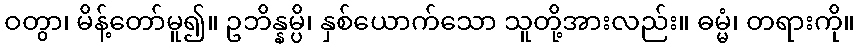
ဝတွာ၊ မိန့်တော်မူ၍။ ဥဘိန္နမ္ပိ၊ နှစ်ယောက်သော သူတို့အားလည်း။ ဓမ္မံ၊ တရားကို။